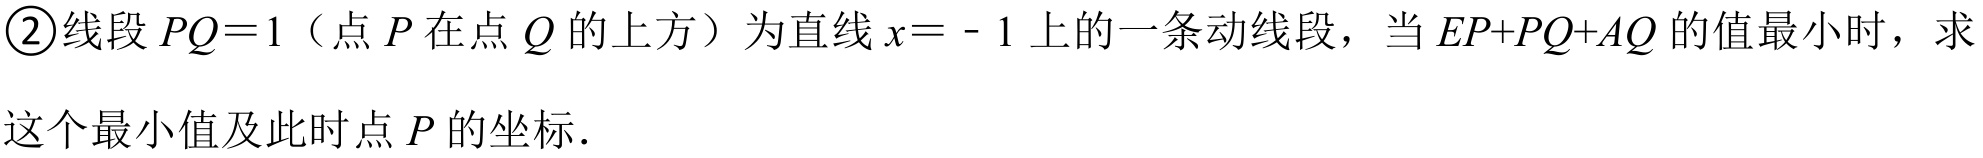
\textcircled{2}线段\(PQ = 1\)（点\(P\)在点\(Q\)的上方）为直线\(x=-1\)上的一条动线段，当\(EP + PQ+AQ\)的值最小时，求
这个最小值及此时点\(P\)的坐标.